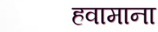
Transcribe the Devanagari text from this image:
हवामाना